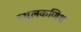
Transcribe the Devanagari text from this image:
स्थूलकणिश